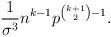
\begin{align*}\frac{1}{\sigma^3}n^{k-1}p^{\binom{k+1}{2}-1}.\end{align*}